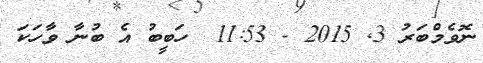
ނޮވެމްބަރު 3